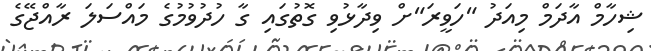
ޝިހާމް އާދަމް މިއަދު "ހަވީރަ"ށް ވިދާޅުވި ގޮތުގައި ގާ ހުދުވުމުގެ މައްސަލަ ރާއްޖޭގެ